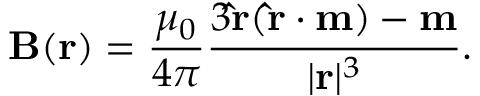
\mathbf { B } ( \mathbf { r } ) = { \frac { \mu _ { 0 } } { 4 \pi } } { \frac { 3 \mathbf { \hat { r } } ( \mathbf { \hat { r } } \cdot \mathbf { m } ) - \mathbf { m } } { | \mathbf { r } | ^ { 3 } } } .